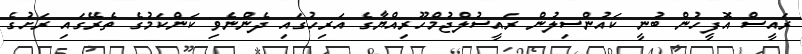
ރައީސް އޮފީހުން ބުނީ ކައުންސިލުން ރައީސުލްޖުމްހޫރިއްޔާގެ އަރިހުގައި ދެންނެވި ކަންކަމުގެ ތެރޭގައި ރަށުގެ